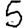
Digit: 5